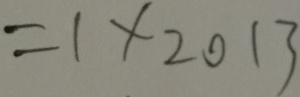
= 1 \times 2 0 1 3